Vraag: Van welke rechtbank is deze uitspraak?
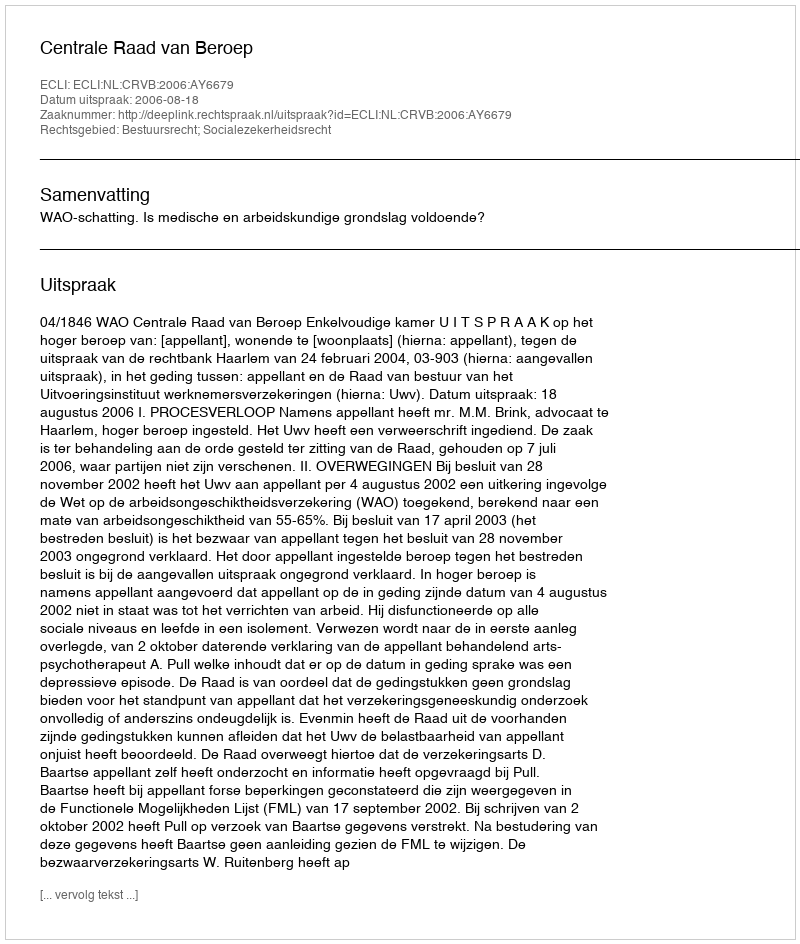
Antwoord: Centrale Raad van Beroep